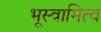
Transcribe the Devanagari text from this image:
भूस्वामित्व